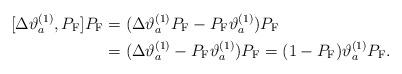
LaTeX: \begin{align*}[\Delta\vartheta_a^{(1)},P_{\rm F}]P_{\rm F}&=(\Delta\vartheta_a^{(1)}P_{\rm F}-P_{\rm F}\vartheta_a^{(1)})P_{\rm F}\\&=(\Delta\vartheta_a^{(1)}-P_{\rm F}\vartheta_a^{(1)})P_{\rm F}=(1-P_{\rm F})\vartheta_a^{(1)}P_{\rm F}. \end{align*}